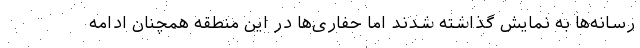
رسانه‌ها به نمایش گذاشته شدند اما حفاری‌ها در این منطقه همچنان ادامه